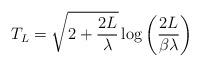
LaTeX: \begin{align*} T_L = \sqrt{2+\frac{2L}{\lambda}}\log\left(\frac{2L}{\beta\lambda}\right)\end{align*}